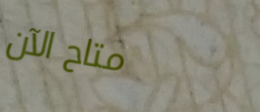
متاح الآن